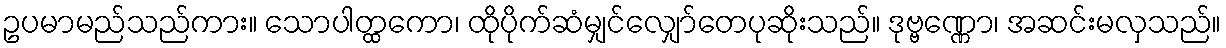
ဥပမာမည်သည်ကား။ သောပါတ္ထကော၊ ထိုပိုက်ဆံမျှင်လျှော်တေပုဆိုးသည်။ ဒုဗ္ဗဏ္ဏော၊ အဆင်းမလှသည်။